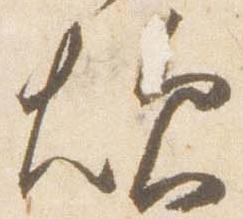
炊